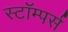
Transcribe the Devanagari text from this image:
स्टॉम्पर्स